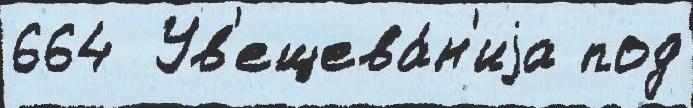
664  Ув'ещева́н'иjа под